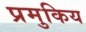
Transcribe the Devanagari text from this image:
प्रमुकिय